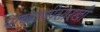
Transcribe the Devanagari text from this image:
पांचगणीसारखी